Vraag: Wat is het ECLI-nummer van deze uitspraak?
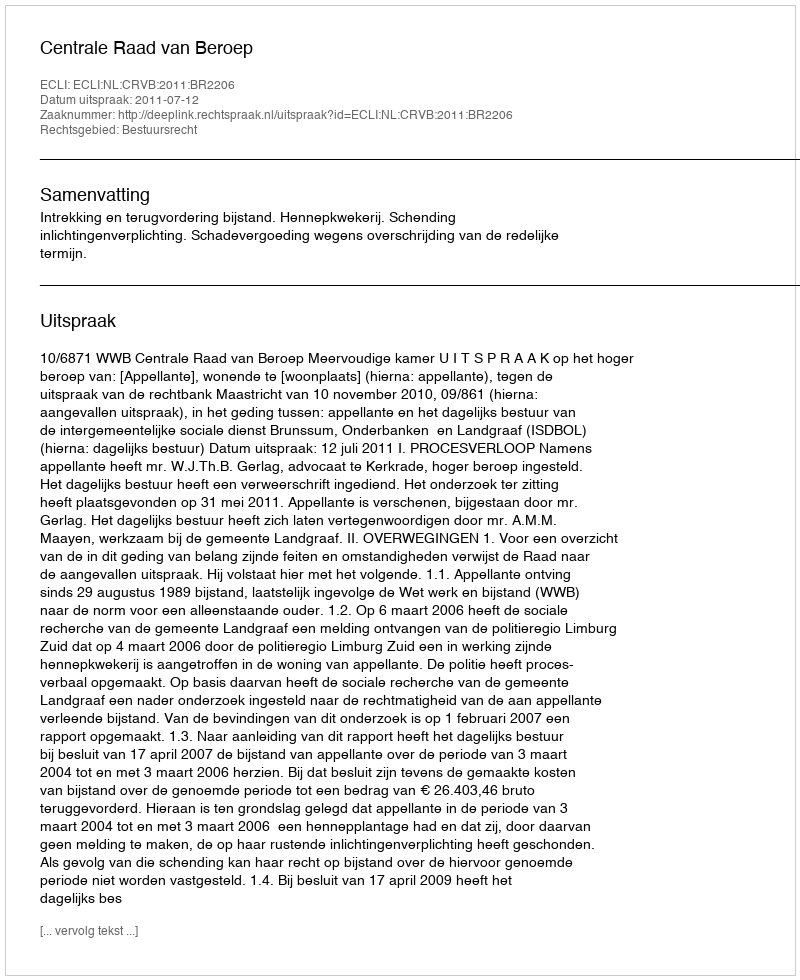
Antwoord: ECLI:NL:CRVB:2011:BR2206